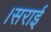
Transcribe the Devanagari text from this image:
।सराई